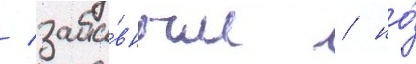
/ заба́вным / но́